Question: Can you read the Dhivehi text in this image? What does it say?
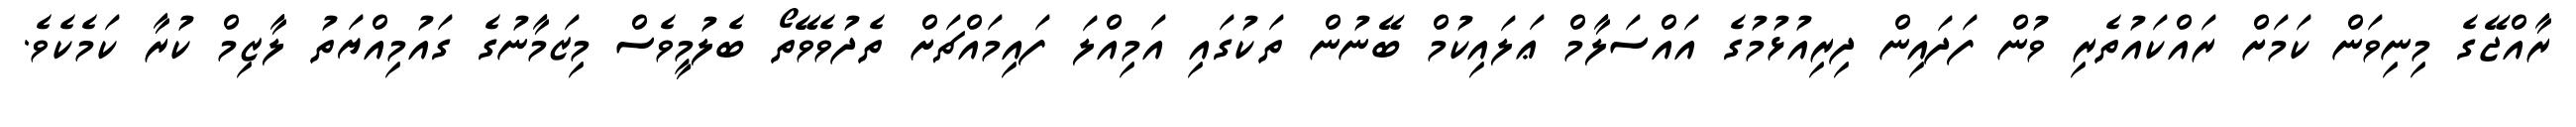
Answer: ރާއްޖޭގެ މިނިވަން ކަމަށް ރައްކައުތެރި ވުން ފަދައިން ދިރިއުޅުމުގެ އައްސަލާމް ޢަލައިކުމް ބޭނުން ތަކުގައި އަމިއްލަ ފައިމައްޗަށް ތެދުވެވޭތޯ ބެލުމީވެސް މިޒަމާނުގެ ގައުމިއްޔަތު ލާޒިމް ކުރާ ކަމެކެވެ.